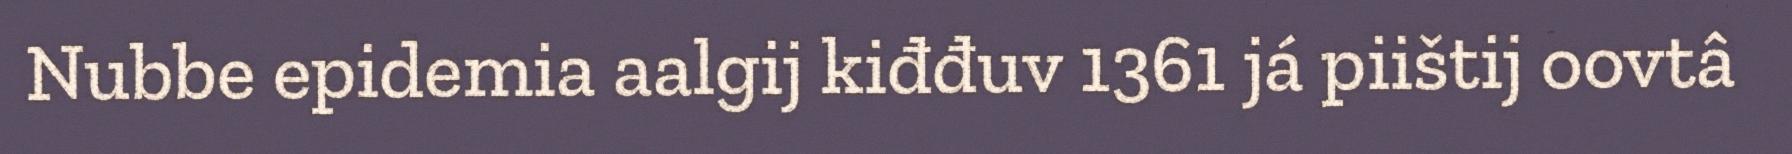
Nubbe epidemia aalgij kiđđuv 1361 já piištij oovtâ